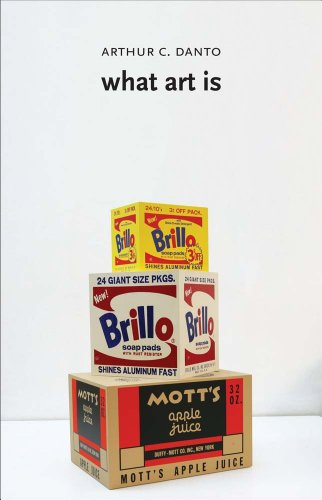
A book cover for What Art Is; Arthur C. Danto; Politics & Social Sciences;